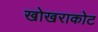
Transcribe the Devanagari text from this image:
खोखराकोट